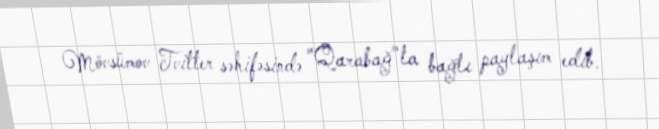
Mövsümov Tvitter səhifəsində "Qarabağ"la bağlı paylaşım edib.